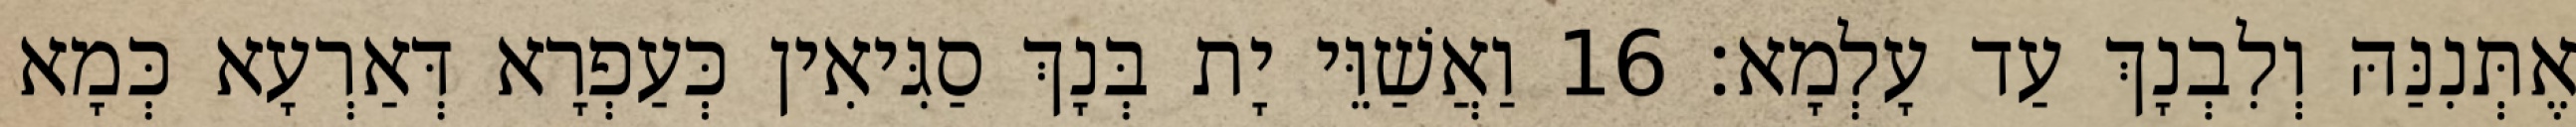
אֶתְּנִנַּהּ וְלִבְנָךְ עַד עָלְמָא׃ 16 וַאֲשַׁוֵּי יָת בְּנָךְ סַגִּיאִין כְּעַפְרָא דְּאַרְעָא כְּמָא